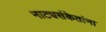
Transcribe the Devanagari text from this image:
नाट्यसंकेतांना